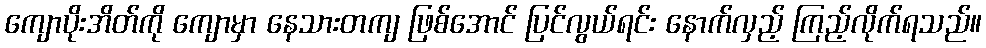
ကျောပိုးအိတ်ကို ကျောမှာ နေသားတကျ ဖြစ်အောင် ပြင်လွယ်ရင်း နောက်လှည့် ကြည့်လိုက်ရသည်။